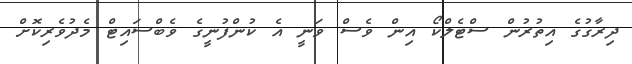
ދިރާގުގެ އިތުރުން ސްޓެލްކޯ އިން ވެސް ވަނީ އެ ކުންފުނީގެ ވެބްސައިޓް މެދުވެރިކޮށް